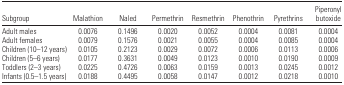
<table><thead><tr><td><b>Subgroup</b></td><td><b>Malathion</b></td><td><b>Naled</b></td><td><b>Permethrin</b></td><td><b>Resmethrin</b></td><td><b>Phenothrin</b></td><td><b>Pyrethrins</b></td><td><b>Piperonyl butoxide</b></td></tr></thead><tbody><tr><td>Adult males</td><td>0.0076</td><td>0.1496</td><td>0.0020</td><td>0.0052</td><td>0.0004</td><td>0.0081</td><td>0.0004</td></tr><tr><td>Adult females</td><td>0.0079</td><td>0.1576</td><td>0.0021</td><td>0.0055</td><td>0.0004</td><td>0.0085</td><td>0.0004</td></tr><tr><td>Children (10–12 years)</td><td>0.0105</td><td>0.2123</td><td>0.0029</td><td>0.0072</td><td>0.0006</td><td>0.0113</td><td>0.0006</td></tr><tr><td>Children (5–6 years)</td><td>0.0177</td><td>0.3631</td><td>0.0049</td><td>0.0123</td><td>0.0010</td><td>0.0190</td><td>0.0009</td></tr><tr><td>Toddlers (2–3 years)</td><td>0.0225</td><td>0.4726</td><td>0.0063</td><td>0.0159</td><td>0.0013</td><td>0.0245</td><td>0.0012</td></tr><tr><td>Infants (0.5–1.5 years)</td><td>0.0188</td><td>0.4495</td><td>0.0058</td><td>0.0147</td><td>0.0012</td><td>0.0218</td><td>0.0010</td></tr></tbody></table>